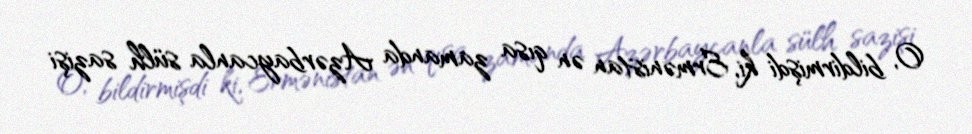
O, bildirmişdi ki, Ermənistan ən qısa zamanda Azərbaycanla sülh sazişi